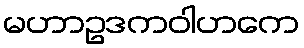
မဟာဥဒကဝါဟကေ